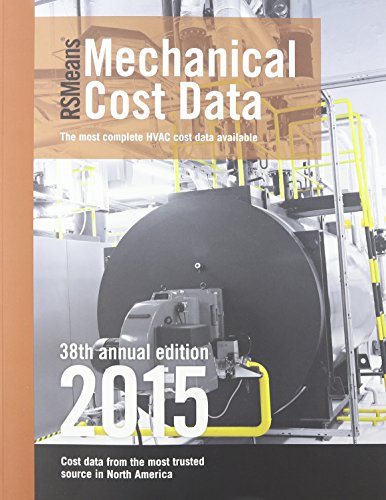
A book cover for RSMeans Mechanical Cost Data 2015; Engineering & Transportation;